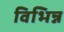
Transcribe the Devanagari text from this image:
विभिन्न